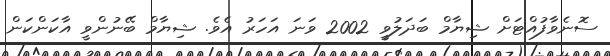
ސޮނެވާފުއްޓަށް ޝިޔާމް ބަދަލުވީ 2002 ވަނަ އަހަރު އެވެ. ޝިޔާމް ބޭނުންވީ އާކަންކަން